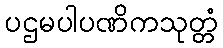
ပဌမပါပဏိကသုတ္တံ